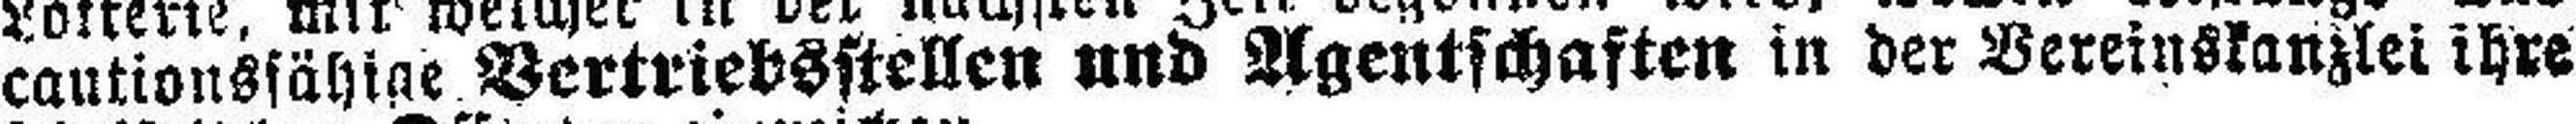
cautionsfähige Bertriebsstellen und Agentschaften in der Vereinskanzlei ihre